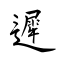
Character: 遲